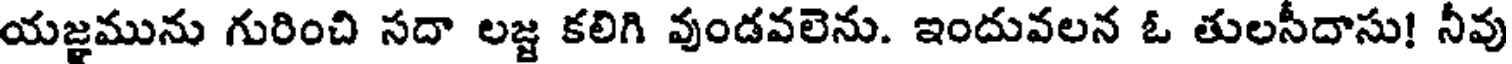
యజ్ఞమును గురించి సదా లజ్జ కలిగి వుండవలెను. ఇందువలన ఓ తులసీదాసు! నీవు